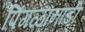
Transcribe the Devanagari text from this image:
पिंगळानाडी